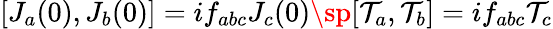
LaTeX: [J_{a}(0),J_{b}(0)]=if_{abc}J_{c}(0)\sp[\mathcal{T}_{a},\mathcal{T}_{b}]=if_{abc}\mathcal{T}_{c}